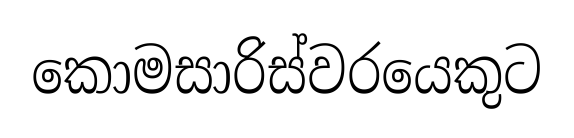
කොමසාරිස්වරයෙකුට